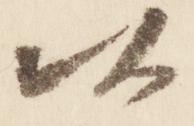
以